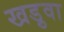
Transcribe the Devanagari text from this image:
खड़ुवा